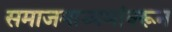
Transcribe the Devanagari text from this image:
समाजमाध्यमांवरून